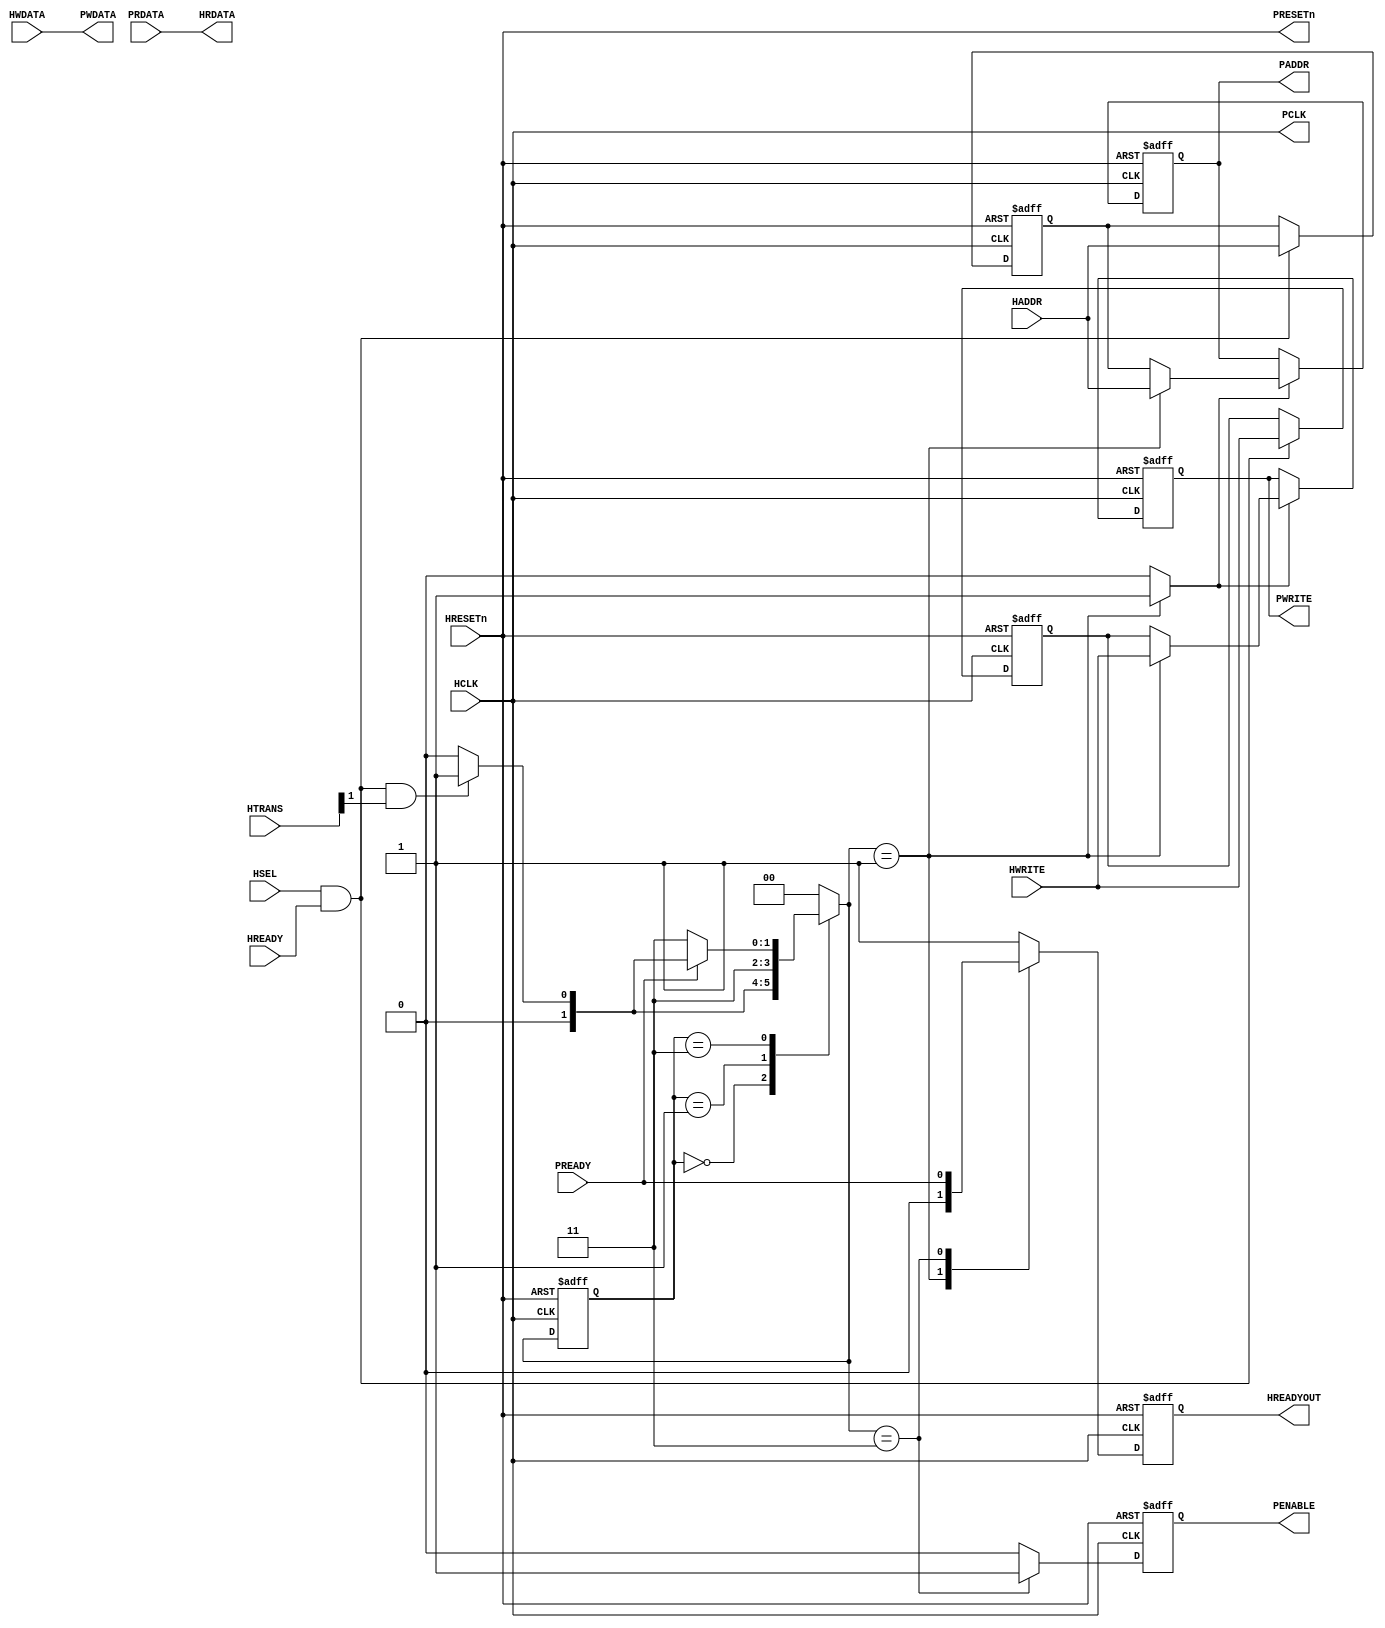
// SPDX-FileCopyrightText: 2020 Mohamed Shalan
//
// Licensed under the Apache License, Version 2.0 (the "License");
// you may not use this file except in compliance with the License.
// You may obtain a copy of the License at
//
//      http://www.apache.org/licenses/LICENSE-2.0
//
// Unless required by applicable law or agreed to in writing, software
// distributed under the License is distributed on an "AS IS" BASIS,
// WITHOUT WARRANTIES OR CONDITIONS OF ANY KIND, either express or implied.
// See the License for the specific language governing permissions and
// limitations under the License.
// SPDX-License-Identifier: Apache-2.0


`timescale 1ns/1ns
module ahb_2_apb(
// Global signals --------------------------------------------------------------
  input wire          HCLK,
  input wire          HRESETn,
  
// AHB Slave inputs ------------------------------------------------------------  
  input wire  [31:0]  HADDR,
  input wire  [1:0]   HTRANS,
  input wire          HWRITE,
  input wire  [31:0]  HWDATA,
  input wire          HSEL,
  input wire          HREADY,
  
// APB Master inputs -----------------------------------------------------------
  input wire  [31:0]  PRDATA,
  input wire          PREADY,
  
// AHB Slave outputs -----------------------------------------------------------
  output wire [31:0]  HRDATA,
  output reg          HREADYOUT,
  
// APB Master outputs ----------------------------------------------------------
  output wire [31:0]  PWDATA,
  output reg          PENABLE,
  output reg  [31:0]  PADDR,
  output reg          PWRITE,
  
  output wire         PCLK,
  output wire         PRESETn
);
  
//Constants

  `define ST_IDLE 2'b00
  `define ST_SETUP 2'b01
  `define ST_ACCESS 2'b11


  wire          Transfer;
  wire          ACRegEn;
  reg   [31:0]  last_HADDR;
  reg           last_HWRITE;
  
  wire  [31:0]  HADDR_Mux;
  
  reg   [1:0]   CurrentState;
  reg   [1:0]   NextState;
  
  reg           HREADY_next;  
  wire          PWRITE_next;
  wire          PENABLE_next;
  wire          APBEn;
  
  
  assign PCLK = HCLK;
  assign PRESETn = HRESETn;
  
  assign Transfer = HSEL & HREADY & HTRANS[1];
  
  assign ACRegEn = HSEL & HREADY;
  
  //Set register values of AHB signals
  
  always @ (posedge HCLK, negedge HRESETn)
  begin
    if(!HRESETn)
      begin
        last_HADDR <= {32{1'b0}};
        last_HWRITE <= 1'b0;
      end
    
    else
      begin
        if(ACRegEn)
          begin
            last_HADDR <= HADDR;
            last_HWRITE <= HWRITE;
          end
      end
  end
  
  
// Next State Logic

  always @ (CurrentState,PREADY, Transfer)
  begin
    case (CurrentState)
      `ST_IDLE: 
        begin
          if(Transfer)
            NextState = `ST_SETUP;
          else
            NextState = `ST_IDLE;
        end
      
      `ST_SETUP:
        begin
          NextState = `ST_ACCESS;
        end
      
      `ST_ACCESS:
        begin
          if(!PREADY)
            NextState = `ST_ACCESS;
          else
            begin
              if(Transfer)
                NextState = `ST_SETUP;
              else
                NextState = `ST_IDLE;
            end
        end
      default:
        NextState = `ST_IDLE;
    endcase
  end
  
// State Machine

  always @ (posedge HCLK, negedge HRESETn)
  begin
    if(!HRESETn)
      CurrentState <= `ST_IDLE;
    else
      CurrentState <= NextState;
  end
  
  
//HREADYOUT

  always @ (NextState, PREADY)
  begin
    case (NextState)
      `ST_IDLE:
        HREADY_next = 1'b1;
      `ST_SETUP:
        HREADY_next = 1'b0;
      `ST_ACCESS: 
        HREADY_next = PREADY;
      default:
        HREADY_next = 1'b1;
    endcase
  end

  always @(posedge HCLK, negedge HRESETn)
  begin
    if(!HRESETn)
      HREADYOUT <= 1'b1;
    else
      HREADYOUT <= HREADY_next;
  end

  
// HADDRMux
  assign HADDR_Mux = ((NextState == `ST_SETUP) ? HADDR :
                      last_HADDR);

//APBen
  assign APBEn = ((NextState == `ST_SETUP) ? 1'b1 : 1'b0);

//PADDR

  always @ (posedge HCLK, negedge HRESETn)
  begin
    if (!HRESETn)
      PADDR <= {31{1'b0}};
    else
      begin
        if (APBEn)
          PADDR <= HADDR_Mux;
      end
  end

//PWDATA

  assign PWDATA = HWDATA;


//PENABLE

  assign PENABLE_next = ((NextState == `ST_ACCESS) ? 1'b1 : 1'b0);
  
  always @ (posedge HCLK, negedge HRESETn)
  begin
    if(!HRESETn)
      PENABLE <= 1'b0;
    else
      PENABLE <= PENABLE_next;
  end
  
//PWRITE

  assign PWRITE_next = ((NextState == `ST_SETUP) ? HWRITE : last_HWRITE);

  always @ (posedge HCLK, negedge HRESETn)
  begin
    if(!HRESETn)
      PWRITE <= 1'b0;
    else
      begin
        if (APBEn)
          PWRITE <= PWRITE_next;
      end
  end


//HRDATA
  assign HRDATA = PRDATA;



endmodule